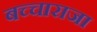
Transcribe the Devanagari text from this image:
बच्‍चाराजा